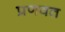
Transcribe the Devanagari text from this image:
प्रणवत